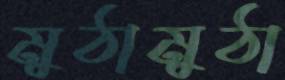
মুঠামুঠা